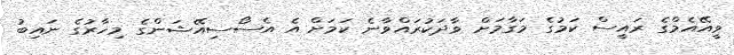
ވީއޭއެމްގެ ރައީސް ކަމުގެ މަގާމަށް ވާދަކުރައްވާނެ ކަމަށް އެ އެސޯސިއޭޝަންގެ މިހާރުގެ ނައިބު